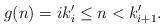
LaTeX: \begin{align*}g(n)= i k'_{i} \le n < k'_{i+1}.\end{align*}